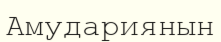
Амудариянын